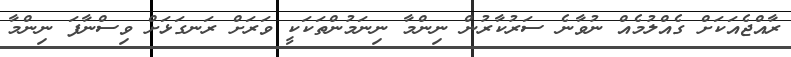
ރާއްޖެއަކަށް ގެއްލުމެއް ނުވާނެ ސަރުކާރުން ނިންމާ ނިނަމުންތަކަކީ ވަރަށް ރަނގަޅަށް ވިސްނާފަ ނިންމާ